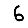
Digit: 6